Annual administration report of the Civil Veterinary Department of India - 1893-1894
Year: 1893
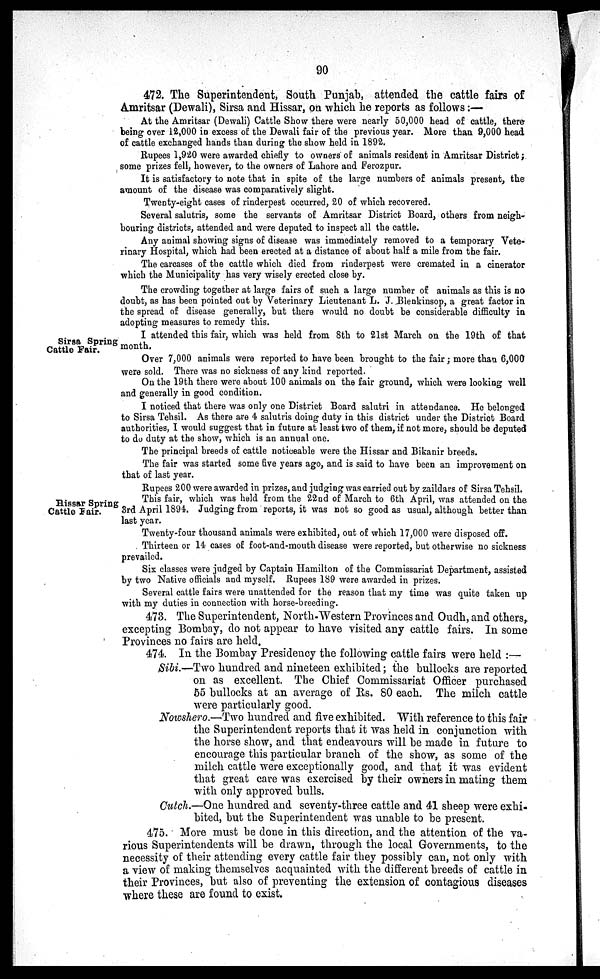
90
472. The Superintendent, South Punjab, attended the cattle fairs of
Amritsar (Dewali), Sirsa and Hissar, on which he reports as follows :—
At the Amritsar (Dewali) Cattle Show there were nearly 50,000 head of cattle, there
being over 12,000 in excess of the Dewali fair of the previous year. More than 9,000 head
of cattle exchanged hands than during the show held in 1892.
Rupees 1,920 were awarded chiefly to owners of animals resident in Amritsar District ;
some prizes fell, however, to the owners of Lahore and Ferozpur.
It is satisfactory to note that in spite of the large numbers of animals present, the
amount of the disease was comparatively slight.
Twenty-eight cases of rinderpest occurred, 20 of which recovered.
Several salutris, some the servants of Amritsar District Board, others from neigh-
bouring districts, attended and were deputed to inspect all the cattle.
Any animal showing signs of disease was immediately removed to a temporary Vete-
rinary Hospital, which had been erected at a distance of about half a mile from the fair.
The carcases of the cattle which died from rinderpest were cremated in a cinerator
which the Municipality has very wisely erected close by.
The crowding together at large fairs of such a large number of animals as this is no
doubt, as has been pointed out by Veterinary Lieutenant L. J. Blenkinsop, a great factor in
the spread of disease generally, but there would no doubt be considerable difficulty in
adopting measures to remedy this.
Sirsa Spring
Cattle Fair.
I attended this fair, which was held from 8th to 21st March on the 19th of that
month.
Over 7,000 animals were reported to have been brought to the fair; more than 6,000
were sold. There was no sickness of any kind reported.
On the 19th there were about 100 animals on the fair ground, which were looking well
and generally in good condition.
I noticed that there was only one District Board salutri in attendance. He belonged
to Sirsa Tehsil. As there are 4 salutris doing duty in this district under the District Board
authorities, I would suggest that in future at least two of them, if not more, should be deputed
to do duty at the show, which is an annual one.
The principal breeds of cattle noticeable were the Hissar and Bikanir breeds.
The fair was started some five years ago, and is said to have been an improvement on
that of last year.
Rupees 200 were awarded in prizes, and judging was carried out by zaildars of Sirsa Tehsil.
Hissar Spring
Cattle Fair.
This fair, which was held from the 22nd of March to 6th April, was attended on the
3rd April 1894. Judging from reports, it was not so good as usual, although better than
last year.
Twenty-four thousand animals were exhibited, out of which 17,000 were disposed off.
Thirteen or 14 cases of foot-and-mouth disease were reported, but otherwise no sickness
prevailed.
Six classes were judged by Captain Hamilton of the Commissariat Department, assisted
by two Native officials and myself. Rupees 189 were awarded in prizes.
Several cattle fairs were unattended for the reason that my time was quite taken up
with my duties in connection with horse-breeding.
473. The Superintendent, North-Western Provinces and Oudh, and others,
excepting Bombay, do not appear to have visited any cattle fairs. In some
Provinces no fairs are held.
474. In the Bombay Presidency the following cattle fairs were held :—
Sibi.—Two hundred and nineteen exhibited; the bullocks are reported
on as excellent. The Chief Commissariat Officer purchased
55 bullocks at an average of Rs. 80 each. The milch cattle
were particularly good.
Nowshero.—Two hundred and five exhibited. With reference to this fair
the Superintendent reports that it was held in conjunction with
the horse show, and that endeavours will be made in future to
encourage this particular branch of the show, as some of the
milch cattle were exceptionally good, and that it was evident
that great care was exercised by their owners in mating them
with only approved bulls.
Cutch.—One hundred and seventy-three cattle and 41 sheep were exhi-
bited, but the Superintendent was unable to be present.
475. More must be done in this direction, and the attention of the va-
rious Superintendents will be drawn, through the local Governments, to the
necessity of their attending every cattle fair they possibly can, not only with
a view of making themselves acquainted with the different breeds of cattle in
their Provinces, but also of preventing the extension of contagious diseases
where these are found to exist.